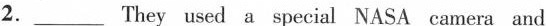
2.___They used a special NASA camera and